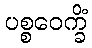
ပစ္စဝေက္ခိံ